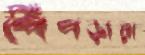
পিঁপড়ারা